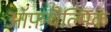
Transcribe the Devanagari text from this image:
ऑफ़थैल्मिक